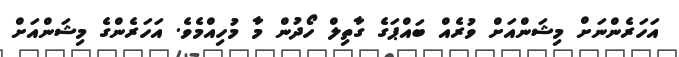
އަހަރެންނަށް މިޝަންއަށް ވުރެއް ބައްޕަގެ ގާތިލް ހޯދުން މާ މުހިއްމެވެ. އަހަރެންގެ މިޝަންއަށް